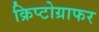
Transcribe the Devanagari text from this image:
क्रिप्टोग्राफर